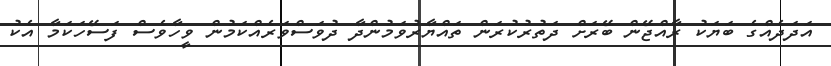
އަދަދެއްގެ ބަޔަކު ރާއްޖޭން ބޭރަށް ދަތުރުކުރަން ތައްޔާރުވަމުންދާ ދުވަސްވަރެއްކަމުން ވީހާވެސް ފަސޭހަކަމާ އެކު